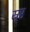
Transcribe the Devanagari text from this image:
स्रृष्ठ